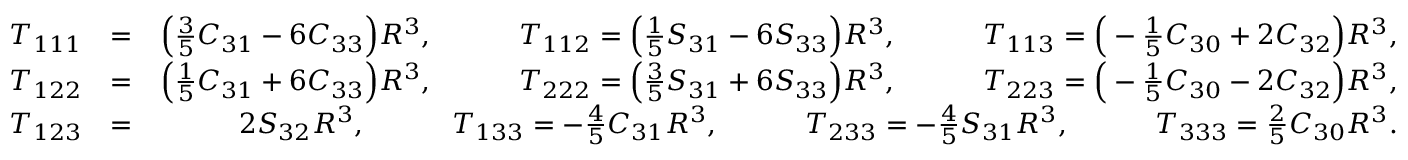
\begin{array} { r l r } { { \cal T } _ { 1 1 1 } } & { = } & { \Big ( { \textstyle \frac { 3 } { 5 } } C _ { 3 1 } - 6 C _ { 3 3 } \Big ) R ^ { 3 } , \qquad \quad { \cal T } _ { 1 1 2 } = \Big ( { \textstyle \frac { 1 } { 5 } } S _ { 3 1 } - 6 S _ { 3 3 } \Big ) R ^ { 3 } , \qquad \quad { \cal T } _ { 1 1 3 } = \Big ( - { \textstyle \frac { 1 } { 5 } } C _ { 3 0 } + 2 C _ { 3 2 } \Big ) R ^ { 3 } , } \\ { { \cal T } _ { 1 2 2 } } & { = } & { \Big ( { \textstyle \frac { 1 } { 5 } } C _ { 3 1 } + 6 C _ { 3 3 } \Big ) R ^ { 3 } , \qquad \quad { \cal T } _ { 2 2 2 } = \Big ( { \textstyle \frac { 3 } { 5 } } S _ { 3 1 } + 6 S _ { 3 3 } \Big ) R ^ { 3 } , \qquad \quad { \cal T } _ { 2 2 3 } = \Big ( - { \textstyle \frac { 1 } { 5 } } C _ { 3 0 } - 2 C _ { 3 2 } \Big ) R ^ { 3 } , } \\ { { \cal T } _ { 1 2 3 } } & { = } & { 2 S _ { 3 2 } R ^ { 3 } , \qquad \quad { \cal T } _ { 1 3 3 } = - { \textstyle \frac { 4 } { 5 } } C _ { 3 1 } R ^ { 3 } , \qquad \quad { \cal T } _ { 2 3 3 } = - { \textstyle \frac { 4 } { 5 } } S _ { 3 1 } R ^ { 3 } , \qquad \quad { \cal T } _ { 3 3 3 } = { \textstyle \frac { 2 } { 5 } } C _ { 3 0 } R ^ { 3 } . } \end{array}